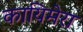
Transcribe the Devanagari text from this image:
कायिमेरा